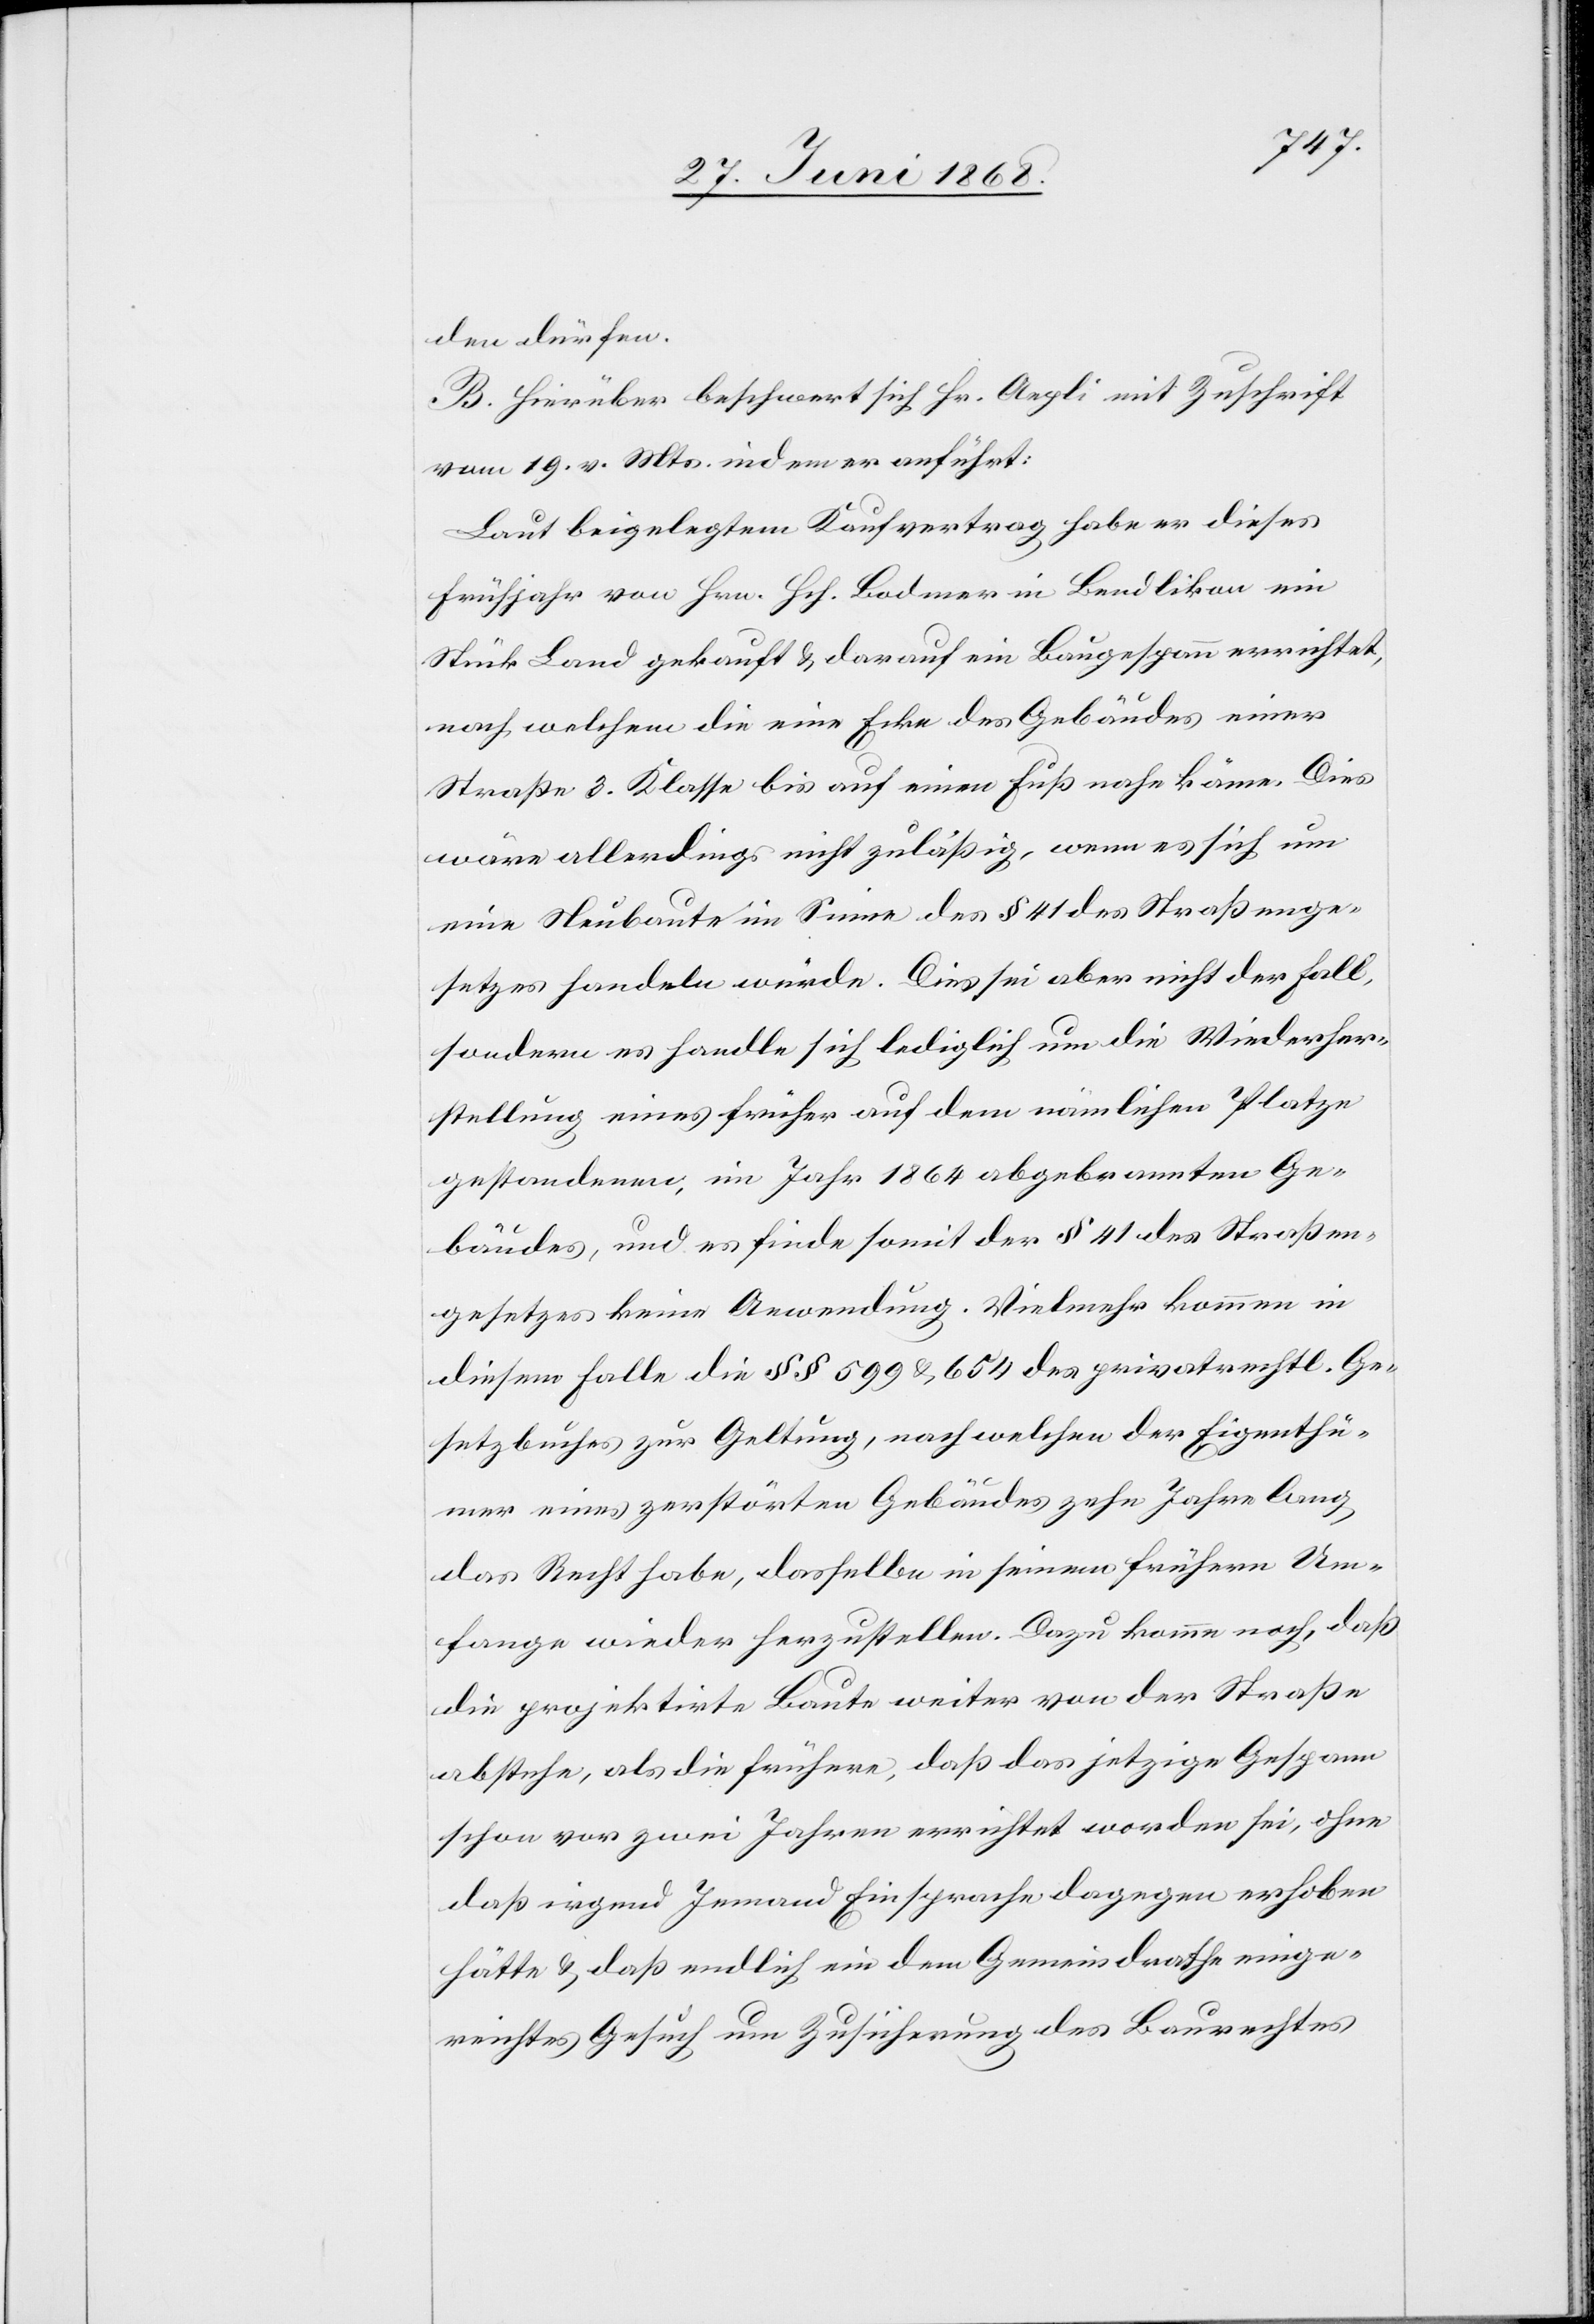
den dürfen.
B. Hierüber beschwert sich Hr. Aepli mit Zuschrift
vom 19. v. Mts. indem er anführt:
Laut beigelegtem Kaufvertrag habe er dieses
Frühjahr von Hrn. Hch. Bodmer in Bendlikon ein
Stück Land gekauft & darauf ein Baugespann errichtet,
nach welchem die eine Ecke des Gebäudes einer
Straße 3. Klasse bis auf einen Fuß nahe käme. Dies
wäre allerdings nicht zuläßig, wenn es sich um
eine Neubaute im Sinne des § 41 des Straßenge¬
setzes handeln würde. Dies sei aber nicht der Fall,
sondern es handle sich lediglich um die Wiederher¬
stellung eines früher auf dem nämlichen Platze
gestandenen, im Jahr 1864 abgebrannten Ge¬
bäudes, und es finde somit der § 41 des Strasen¬
gesetzes keine Anwendung. Vielmehr kommen in
diesem Falle die §§ 599 & 654 des privatrechtl. Ge¬
setzbuches zur Geltung, nach welchen der Eigenthü¬
mer eines zerstörten Gebäudes zehn Jahre lang
das Recht habe, dasselbe in seinem frühern Um¬
fange wieder herzustellen. Dazu komme noch, daß
die projektirte Baute weiter von der Straße
abstehe, als die frühere, daß das jetzige Gespann
schon vor zwei Jahren errichtet worden sei, ohne
daß irgend Jemand Einsprache dagegen erhoben
hätte & daß endlich ein dem Gemeindrathe einge¬
reichtes Gesuch um Zusicherung des Baurechtes